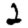
Digit: 2